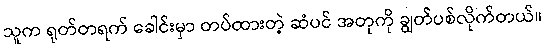
သူက ရုတ်တရက် ခေါင်းမှာ တပ်ထားတဲ့ ဆံပင် အတုကို ချွတ်ပစ်လိုက်တယ်။